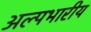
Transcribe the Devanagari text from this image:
अल्पभारीय